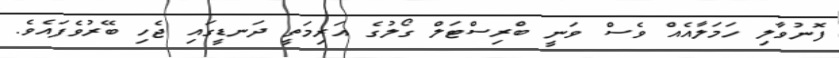
ފޮނުވާލި ހަމަލާއެއް ވެސް ވަނީ ބްރިސްޓަލް ގޯލުގެ އަރިމަތީ ދަނޑީގައި ޖެހި ބޭރުވެފައެވެ.